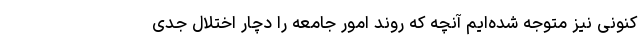
کنونی نیز متوجه شده‌ایم آنچه که روند امور جامعه را دچار اختلال جدی